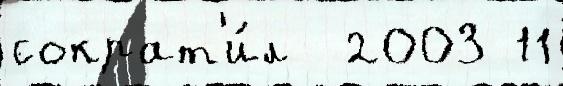
сократ'и́л  2003 11